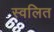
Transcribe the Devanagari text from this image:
स्वलित